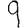
Digit: 9